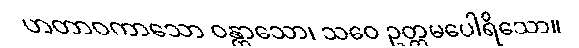
ဟတာဝကာသော ဝန္တာသော၊ သဝေ ဥတ္တမပေါရိသော။